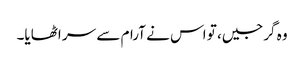
وہ گرجیں، تو اس نے آرام سے سر اٹھایا۔